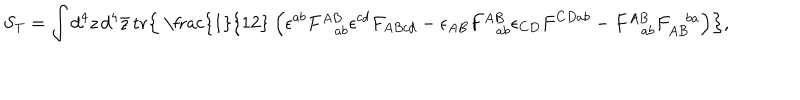
S _ { \mathrm { T } } = \int d ^ { 4 } z \, d ^ { 4 } \bar { z } \, \mathrm { t r } \Bigr \{ \mathrm { ~ \frac { 1 } { 1 2 } ~ } \Bigr ( \epsilon ^ { a b } F _ { \! ~ a b } ^ { A B } \epsilon ^ { c d } F _ { A B c d } - \epsilon _ { A B } F _ { \! ~ a b } ^ { A B } \epsilon _ { C D } F ^ { C D a b } - F _ { \! ~ a b } ^ { A B } F _ { A B } ^ { \! ~ b a } \Bigr ) \Bigr \} ,